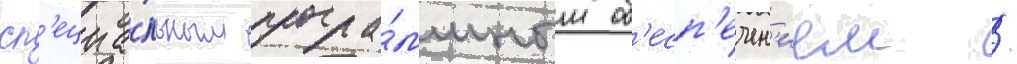
сп'ециа́льным програ́ммным об'есп'ечен'ием /